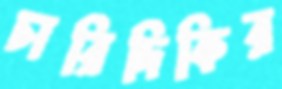
চারিদিকির